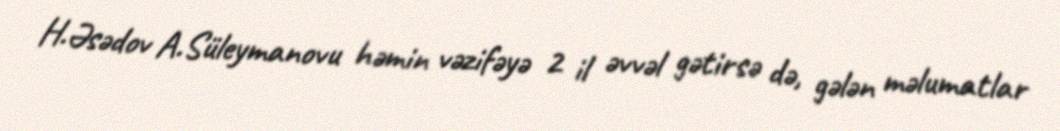
H.Əsədov A.Süleymanovu həmin vəzifəyə 2 il əvvəl gətirsə də, gələn məlumatlar